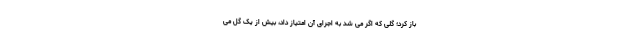
باز کرد؛ گلی که اگر می شد به اجرای آن امتیاز داد، بیش از یک گل می